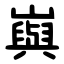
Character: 㠘